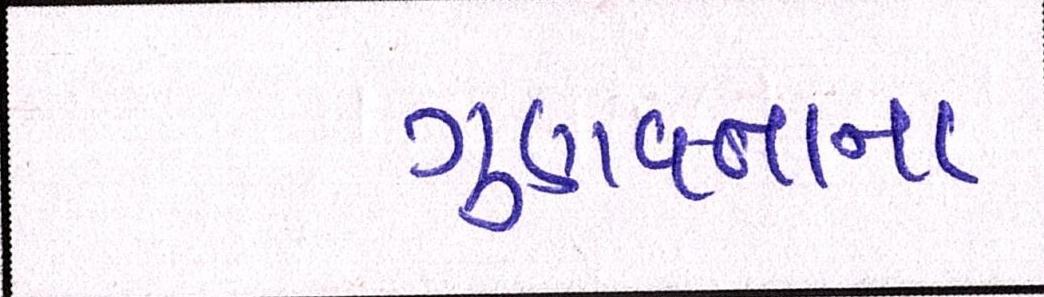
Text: ગુણવત્તાના